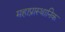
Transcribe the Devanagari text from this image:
महाप्रास्थानिक